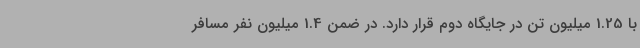
با 1.25 میلیون تن در جایگاه دوم قرار دارد. در ضمن 1.4 میلیون نفر مسافر